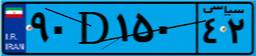
۹۰D۱۵۰۴۲